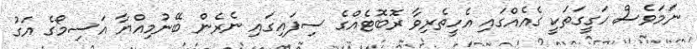
ނަމަވެސް ހަގީގަތަކީ ގެއެއްގައި އެހީތެރިވާ ރޮބޮޓެއްގެ ސިފައިގައި ނެރެން ބޭނުމިއްޔާ އަސިމޯގެ އަގު